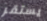
يستقر